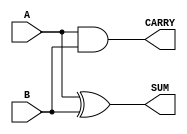
module half_adder (
    input wire A,      // First input bit
    input wire B,      // Second input bit
    output wire SUM,   // Sum output (A XOR B)
    output wire CARRY  // Carry output (A AND B)
);

// Assign the SUM output using XOR operation
assign SUM = A ^ B;

// Assign the CARRY output using AND operation
assign CARRY = A & B;

endmodule